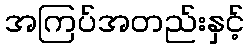
အကြပ်အတည်းနှင့်